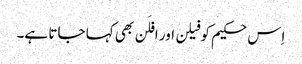
اِس حکیم کو فیلن اور افلَن بھی کہا جاتا ہے۔